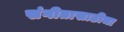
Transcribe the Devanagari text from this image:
संगीतासाठीचा